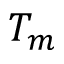
T _ { m }